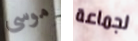
موسى لجماعة